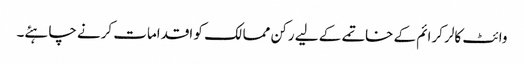
وائٹ کالر کرائم کے خاتمے کے لیے رکن ممالک کو اقدامات کرنے چاہئے۔